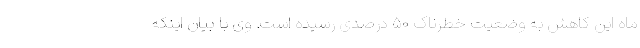
ماه این کاهش به وضعیت خطرناک ۵۰ درصدی رسیده است. وی با بیان اینکه